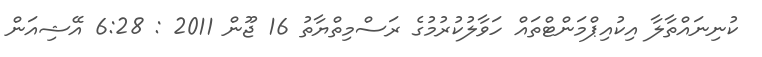
ކުނިނައްތާލާ އިކުއިޕްމަންޓްތައް ހަވާލުކުރުމުގެ ރަސްމިތްޔާތު 16 ޖޫން 2011 : 6:28 އޭޝިއަން